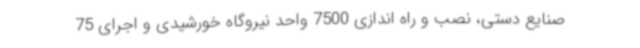
صنایع دستی، نصب و راه اندازی 7500 واحد نیروگاه خورشیدی و اجرای 75